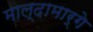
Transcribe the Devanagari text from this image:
माल्दामार्गे